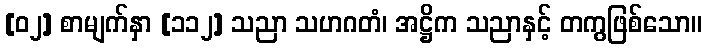
[၀၂] စာမျက်နှာ [၁၁၂] သညာ သဟဂတံ၊ အဋ္ဌိက သညာနှင့် တကွဖြစ်သော။